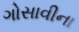
ગોસાવીના